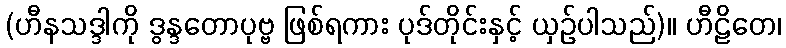
(ဟီနသဒ္ဒါကို ဒွန္ဒတောပုဗ္ဗ ဖြစ်ရကား ပုဒ်တိုင်းနှင့် ယှဉ်ပါသည်)။ ဟီဠိတေ၊